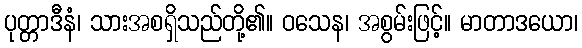
ပုတ္တာဒီနံ၊ သားအစရှိသည်တို့၏။ ဝသေန၊ အစွမ်းဖြင့်။ မာတာဒယော၊